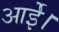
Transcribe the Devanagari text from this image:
आईे।